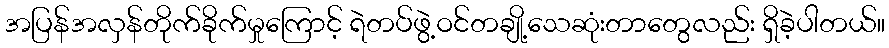
အပြန်အလှန်တိုက်ခိုက်မှုကြောင့် ရဲတပ်ဖွဲ့ဝင်တချို့သေဆုံးတာတွေလည်း ရှိခဲ့ပါတယ်။